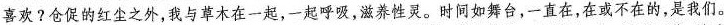
喜欢？仓促的红尘之外，我与草木在一起，一起呼吸，滋养性灵。时间如舞台，一直在，在或不在的，是我们。